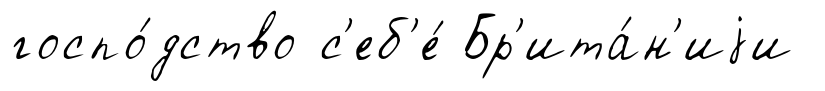
госпо́дство с'еб'е́ Бр'ита́н'иjи